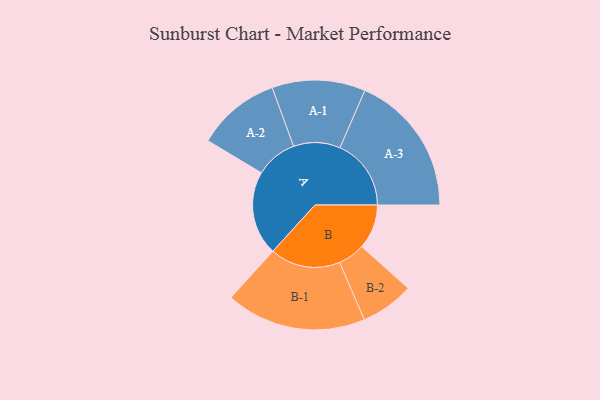
{"axis": {"x": "Segment", "y": "Value"}, "legend": ["", "A", "B"], "data": [{"x": "A", "y": 343, "type": ""}, {"x": "B", "y": 182, "type": ""}, {"x": "A-1", "y": 190, "type": "A"}, {"x": "A-2", "y": 170, "type": "A"}, {"x": "A-3", "y": 290, "type": "A"}, {"x": "B-1", "y": 286, "type": "B"}, {"x": "B-2", "y": 109, "type": "B"}]}